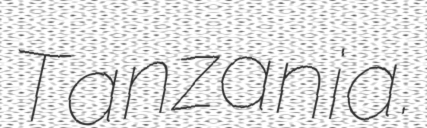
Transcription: Tanzania.